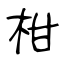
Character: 柑